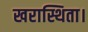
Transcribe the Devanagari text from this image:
खरास्थिता।